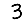
Digit: 3